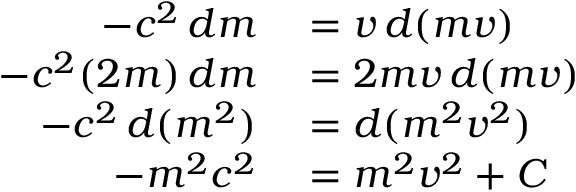
\begin{array} { r l } { - c ^ { 2 } \, d m } & { { } = v \, d ( m v ) } \\ { - c ^ { 2 } ( 2 m ) \, d m } & { { } = 2 m v \, d ( m v ) } \\ { - c ^ { 2 } \, d ( m ^ { 2 } ) } & { { } = d ( m ^ { 2 } v ^ { 2 } ) } \\ { - m ^ { 2 } c ^ { 2 } } & { { } = m ^ { 2 } v ^ { 2 } + C } \end{array}